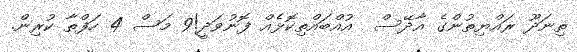
ތިނަދޫ ރައްޔިތުންގެ އާދޭސް  އުއްބައްތިކޮޅެއް ފޮނުވަދީ!9 މަސް 4 ހަފްތާ ކުރިން.